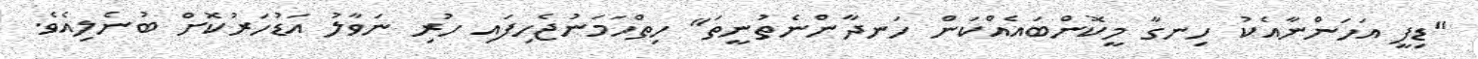
"ޑިފީ އަހަންނާއެކު ހިނގާ މީކޮންބައެއްކަން ހަނދާންނެތުނީތަ" ހިތްހަމަނުޖެހިފައި ހުރި ނަވާލު އަޑުހަރުކޮށް ބުނެލިއެވެ.